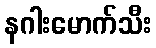
နဂါးမောက်သီး